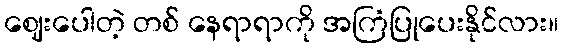
ဈေးပေါတဲ့ တစ် နေရာရာကို အကြံပြုပေးနိုင်လား။